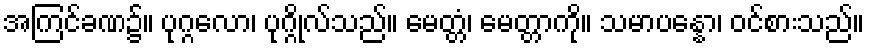
အကြင်ခဏ၌။ ပုဂ္ဂလော၊ ပုဂ္ဂိုလ်သည်။ မေတ္တံ၊ မေတ္တာကို။ သမာပန္နော၊ ဝင်စားသည်။